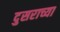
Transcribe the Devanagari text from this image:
दुसराच्या